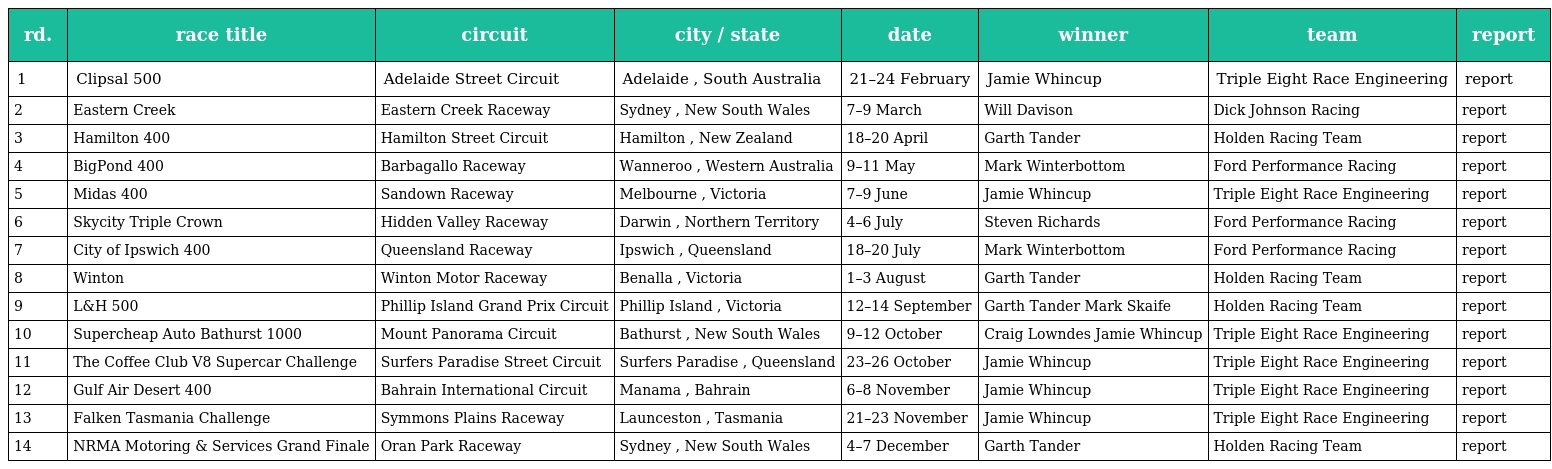
| rd. | race title | circuit | city / state | date | winner | team | report |
 | --- | --- | --- | --- | --- | --- | --- | --- |
 | 1 | Clipsal 500 | Adelaide Street Circuit | Adelaide , South Australia | 21–24 February | Jamie Whincup | Triple Eight Race Engineering | report |
 | 2 | Eastern Creek | Eastern Creek Raceway | Sydney , New South Wales | 7–9 March | Will Davison | Dick Johnson Racing | report |
 | 3 | Hamilton 400 | Hamilton Street Circuit | Hamilton , New Zealand | 18–20 April | Garth Tander | Holden Racing Team | report |
 | 4 | BigPond 400 | Barbagallo Raceway | Wanneroo , Western Australia | 9–11 May | Mark Winterbottom | Ford Performance Racing | report |
 | 5 | Midas 400 | Sandown Raceway | Melbourne , Victoria | 7–9 June | Jamie Whincup | Triple Eight Race Engineering | report |
 | 6 | Skycity Triple Crown | Hidden Valley Raceway | Darwin , Northern Territory | 4–6 July | Steven Richards | Ford Performance Racing | report |
 | 7 | City of Ipswich 400 | Queensland Raceway | Ipswich , Queensland | 18–20 July | Mark Winterbottom | Ford Performance Racing | report |
 | 8 | Winton | Winton Motor Raceway | Benalla , Victoria | 1–3 August | Garth Tander | Holden Racing Team | report |
 | 9 | L&H 500 | Phillip Island Grand Prix Circuit | Phillip Island , Victoria | 12–14 September | Garth Tander Mark Skaife | Holden Racing Team | report |
 | 10 | Supercheap Auto Bathurst 1000 | Mount Panorama Circuit | Bathurst , New South Wales | 9–12 October | Craig Lowndes Jamie Whincup | Triple Eight Race Engineering | report |
 | 11 | The Coffee Club V8 Supercar Challenge | Surfers Paradise Street Circuit | Surfers Paradise , Queensland | 23–26 October | Jamie Whincup | Triple Eight Race Engineering | report |
 | 12 | Gulf Air Desert 400 | Bahrain International Circuit | Manama , Bahrain | 6–8 November | Jamie Whincup | Triple Eight Race Engineering | report |
 | 13 | Falken Tasmania Challenge | Symmons Plains Raceway | Launceston , Tasmania | 21–23 November | Jamie Whincup | Triple Eight Race Engineering | report |
 | 14 | NRMA Motoring & Services Grand Finale | Oran Park Raceway | Sydney , New South Wales | 4–7 December | Garth Tander | Holden Racing Team | report |